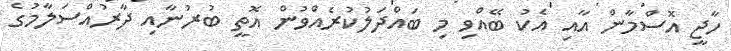
ހާޖީ އޮސްމާން އާއި އެކު ބޭއްވި މި ބައްދަލުކުރެއްވުން އޮތީ ބުރުނާއި ދާރުއްސަލާމުގެ